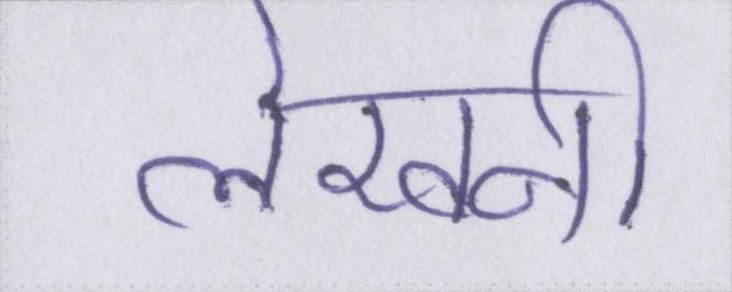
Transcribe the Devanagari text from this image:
लेखनी